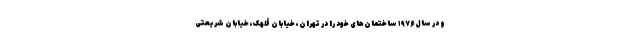
و در سال ۱۹۷۶ ساختمان‌های خود را در تهران، خیابان قلهک، خیابان شریعتی